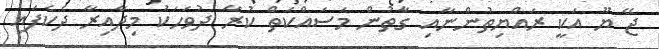
ޖޭ ޔޫ އަކީ ރައްޔިތުންނާއި ގާތުން މަސައްކަތް ކުރާ ދުވަހަކު މިދާއިރާ ދެކެފައި